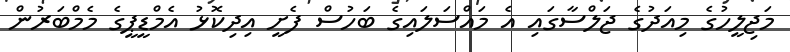
މަޖިލީހުގެ މިއަދުގެ ޖަލްސާގައި އެ މައްސަލައިގެ ބަހުސް ފެށީ އިދިކޮޅު އެމްޑީޕީގެ މެމްބަރުން